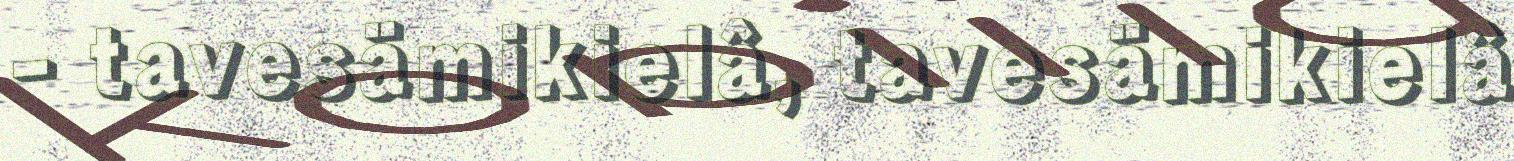
- tavesämikielâ, tavesämikielâ